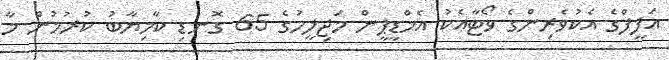
އަފީފްގެ އެކުވެރިންގެ ވޯޓާއެކު އެމްޑީޕީން މަޖިލީހުގެ 65 ގޮނޑި ކާމިޔާބު ކުރުމުން މާ